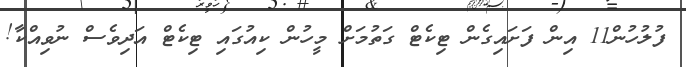
ފުލުހުން11 އިން ފަށައިގެން ޓިކެޓް ގަތުމަށް މީހުން ކިއުގައި ޓިކެޓް އަދިވެސް ނުވިއްކާ!